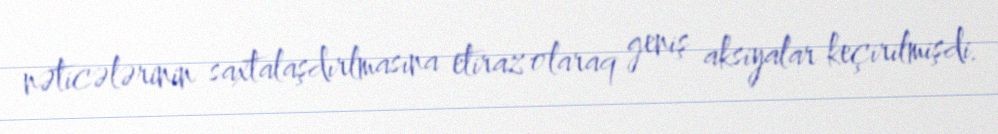
nəticələrinin saxtalaşdırlmasına etiraz olaraq geniş aksiyalar keçirilmişdi.